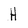
Character: H